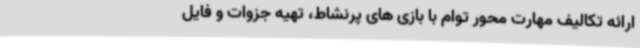
ارائه تکالیف مهارت محور توام با بازی های پرنشاط، تهیه جزوات و فایل